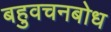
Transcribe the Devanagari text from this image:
बहुवचनबोध